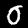
Label: 0